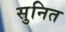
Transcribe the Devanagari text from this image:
सुनित